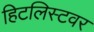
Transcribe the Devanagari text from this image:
हिटलिस्टवर